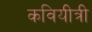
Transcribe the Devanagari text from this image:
कवियीत्री